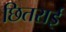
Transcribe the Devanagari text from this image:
छितराई